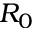
R _ { 0 }